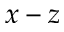
x - z